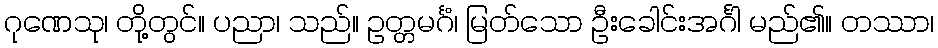
ဂုဏေသု၊ တို့တွင်။ ပညာ၊ သည်။ ဥတ္တမင်္ဂံ၊ မြတ်သော ဦးခေါင်းအင်္ဂါ မည်၏။ တဿာ၊